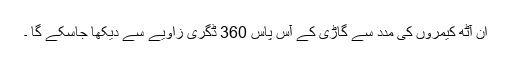
ان آٹھ کیمروں کی مدد سے گاڑی کے آس پاس 360 ڈگری زاویے سے دیکھا جاسکے گا ۔